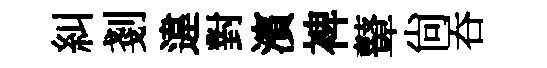
糾剗違對濱裨鼙尚吞